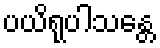
ပယိရုပါသန္တေ